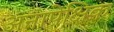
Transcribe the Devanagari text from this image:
अनापेक्षिक